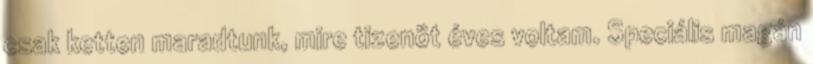
csak ketten maradtunk, mire tizenöt éves voltam. Speciális magán